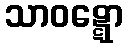
သာဝဋ္ဋော